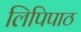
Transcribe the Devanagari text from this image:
लिपिपाठ